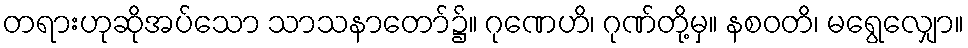
တရားဟုဆိုအပ်သော သာသနာတော်၌။ ဂုဏေဟိ၊ ဂုဏ်တို့မှ။ နစဝတိ၊ မရွေလျှော။